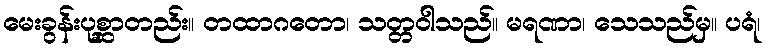
မေးခွန်းပုစ္ဆာတည်း။ တထာဂတော၊ သတ္တဝါသည်။ မရဏာ၊ သေသည်မှ။ ပရံ၊